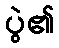
ပွဲ၏